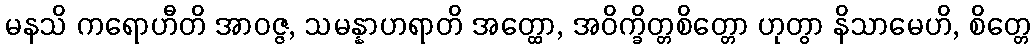
မနသိ ကရောဟီတိ အာဝဇ္ဇ, သမန္နာဟရာတိ အတ္ထော, အဝိက္ခိတ္တစိတ္တော ဟုတွာ နိသာမေဟိ, စိတ္တေ